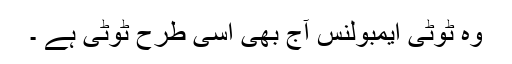
وہ ٹوٹی ایمبولنس آج بھی اسی طرح ٹوٹی ہے ۔